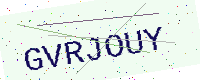
Text: GVRJOUY